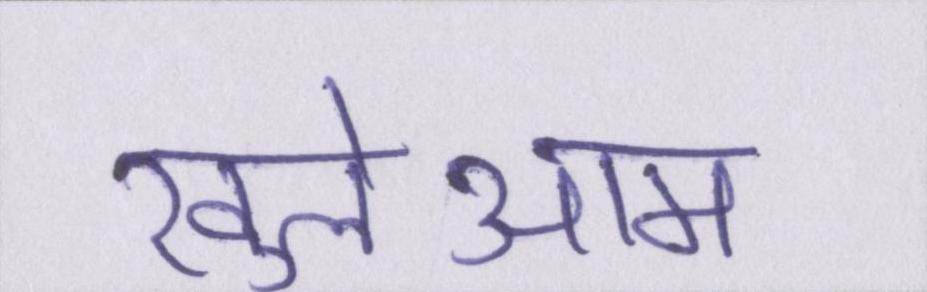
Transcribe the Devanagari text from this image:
खुलेआम